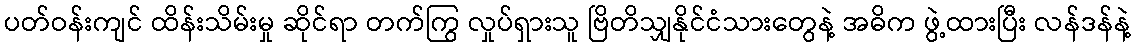
ပတ်ဝန်းကျင် ထိန်းသိမ်းမှု ဆိုင်ရာ တက်ကြွ လှုပ်ရှားသူ ဗြိတိသျှနိုင်ငံသားတွေနဲ့ အဓိက ဖွဲ့ထားပြီး လန်ဒန်နဲ့